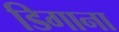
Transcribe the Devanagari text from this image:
डिगाना